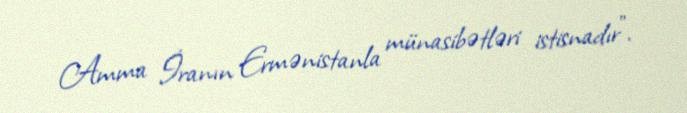
Amma İranın Ermənistanla münasibətləri istisnadır”.